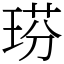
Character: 𤦈